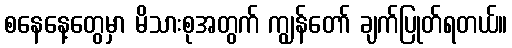
စနေနေ့တွေမှာ မိသားစုအတွက် ကျွန်တော် ချက်ပြုတ်ရတယ်။